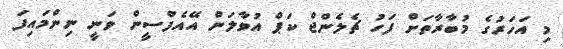
މި އަހަރުގެ މުބާރާތަށް ފަހު ޗެލެންޖް ކަޕް އުވާލަން އޭއެފްސީން ވަނީ ނިންމައިފަ